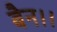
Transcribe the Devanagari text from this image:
बैन।।